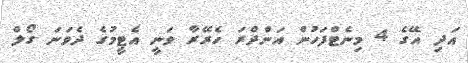
އަދި އޭގެ 4 މިނެޓްފަހުން އަންދްރަ ހެރޭރާ ވަނީ އެޓީމުގެ ދެވަނަ ގޯލް